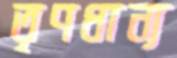
তৃণধান্য